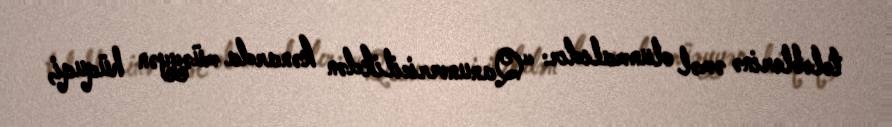
tələblərinə əməl olunmalıdır: “Qanunvericilikdən kənarda müəyyən hüquqi,